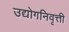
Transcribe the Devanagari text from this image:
उद्योगनिवृत्ती